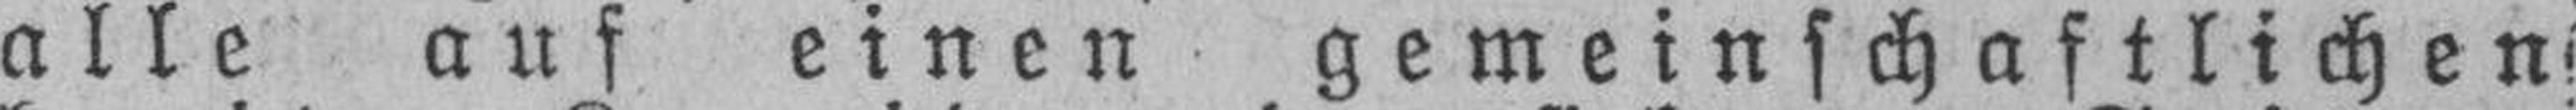
alle auf einen gemeinschaftlichen